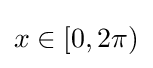
x\in \left[0,2\pi \right)